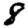
Digit: 8